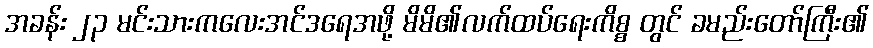
အခန်း ၂၃ မင်းသားကလေးအင်ဒရေအဖို့ မိမိ၏လက်ထပ်ရေးကိစ္စ တွင် ခမည်းတော်ကြီး၏